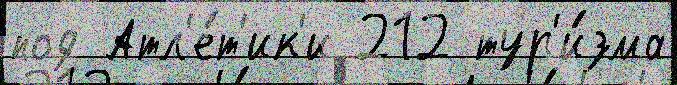
под Атл'е́т'ик'и 212 тур'и́зма